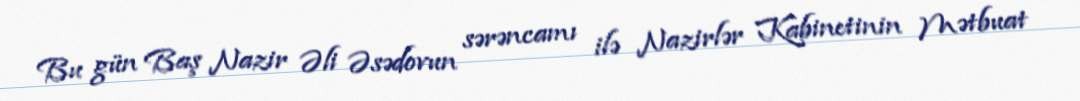
Bu gün Baş Nazir Əli Əsədovun sərəncamı ilə Nazirlər Kabinetinin Mətbuat